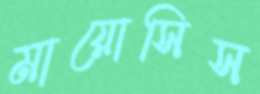
মায়োসিস